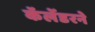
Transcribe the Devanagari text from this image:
कॅलेंडरने